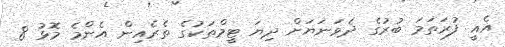
އެއީ ފުރަތަމަ ބުރުގެ ދެވަނަޔަށް ދިޔަ ޓީމްތަކުގެ ތެރެއިން އެންމެ މޮޅު 8